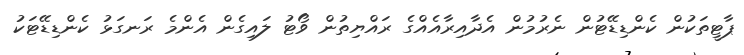
ޕާޓީތަކުން ކެންޑިޑޭޓުން ނެރުމުން އެދާއިރާއެއްގެ ރައްޔިތުން ވޯޓު ލައިގެން އެންމެ ރަނގަޅު ކެންޑިޑޭޓަކު